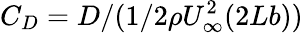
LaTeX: C_{D}=D/(1/2\rho U_{\infty}^{2}(2Lb))